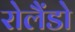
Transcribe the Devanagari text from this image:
रोलैंडो